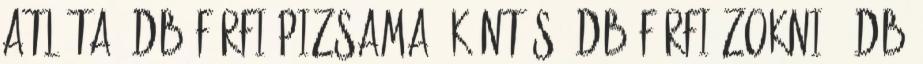
atléta 7db Férfi pizsama, köntös 5db Férfi zokni 49db